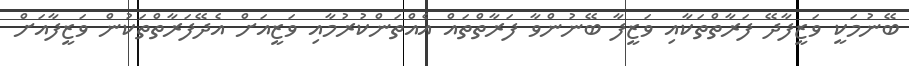
ބޭނުމަކީ ވަޒީފާދޭ ފަރާތްތަކާއި ވަޒީފާ ބޭނުންވާ ފަރާތްތައް އެއްތަންކުރުމާއި ވަޒީއަށް އެދޭފަރާތްތަކުން ވަޒީފާއަށް